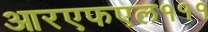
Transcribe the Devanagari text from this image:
आरएफएल१११